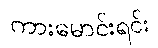
ကားမောင်းရင်း